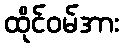
ထိုင်ဝမ်အား